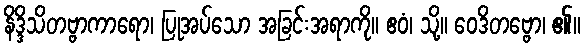
နိဒ္ဒိသိတဗ္ဗာကာရော၊ ပြုအပ်သော အခြင်းအရာကို။ ဧဝံ၊ သို့။ ဝေဒိတဗ္ဗော၊ ၏။